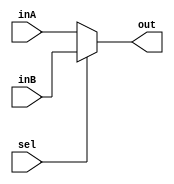
`timescale 1ns / 1ps
//////////////////////////////////////////////////////////////////////////////////
// Company: 
// Engineer: 
// 
// Design Name: 
// Module Name: Mux5Bit2To1
// Project Name: 
// Target Devices: 
// Tool Versions: 
// Description: 
// 
// Dependencies: 
// 
// Revision:
// Revision 0.01 - File Created
// Additional Comments:
// 
//////////////////////////////////////////////////////////////////////////////////


module Mux5Bit2To1(out, inA, inB, sel);

    output reg [4:0] out;
    
    input [4:0] inA;
    input [4:0] inB;
    input sel;

    always@(*) begin
	if(sel == 0) begin
	 out <= inA;
	end
	else begin
	 out <= inB;
	end 

    end
endmodule